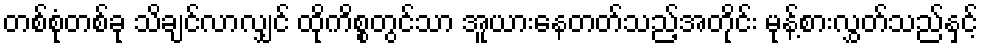
တစ်စုံတစ်ခု သိချင်လာလျှင် ထိုကိစ္စတွင်သာ အူယားနေတတ်သည့်အတိုင်း မုန့်စားလွှတ်သည်နှင့်